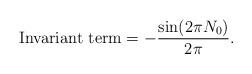
LaTeX: \begin{align*}\mbox{Invariant term} = - \frac{\sin (2\pi N_0)}{2\pi} .\end{align*}